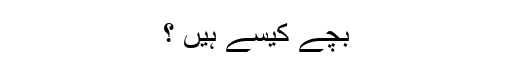
بچے کیسے ہیں ؟